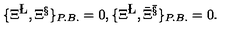
\{ \Xi ^ { \L } , \Xi ^ { \S } \} _ { P . B . } = 0 , \{ \Xi ^ { \L } , { \bar { \Xi } } ^ { \bar { \S } } \} _ { P . B . } = 0 .